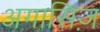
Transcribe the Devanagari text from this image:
अगासिज़